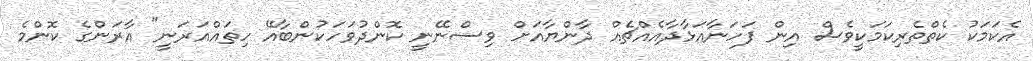
އެކަމަކު ކެތްތެރިކަމަކީވެސް އިން ފަހަނާއަޅާދާއެއްޗެއް ދާންޔާއަށް ވިސްނޭނީ ކޮންދުވަހަކުންބާއޭ ހިތައްއަރަނީ" އާރަންގެ ކޮންމެ